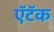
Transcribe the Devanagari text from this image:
ऍटॅक